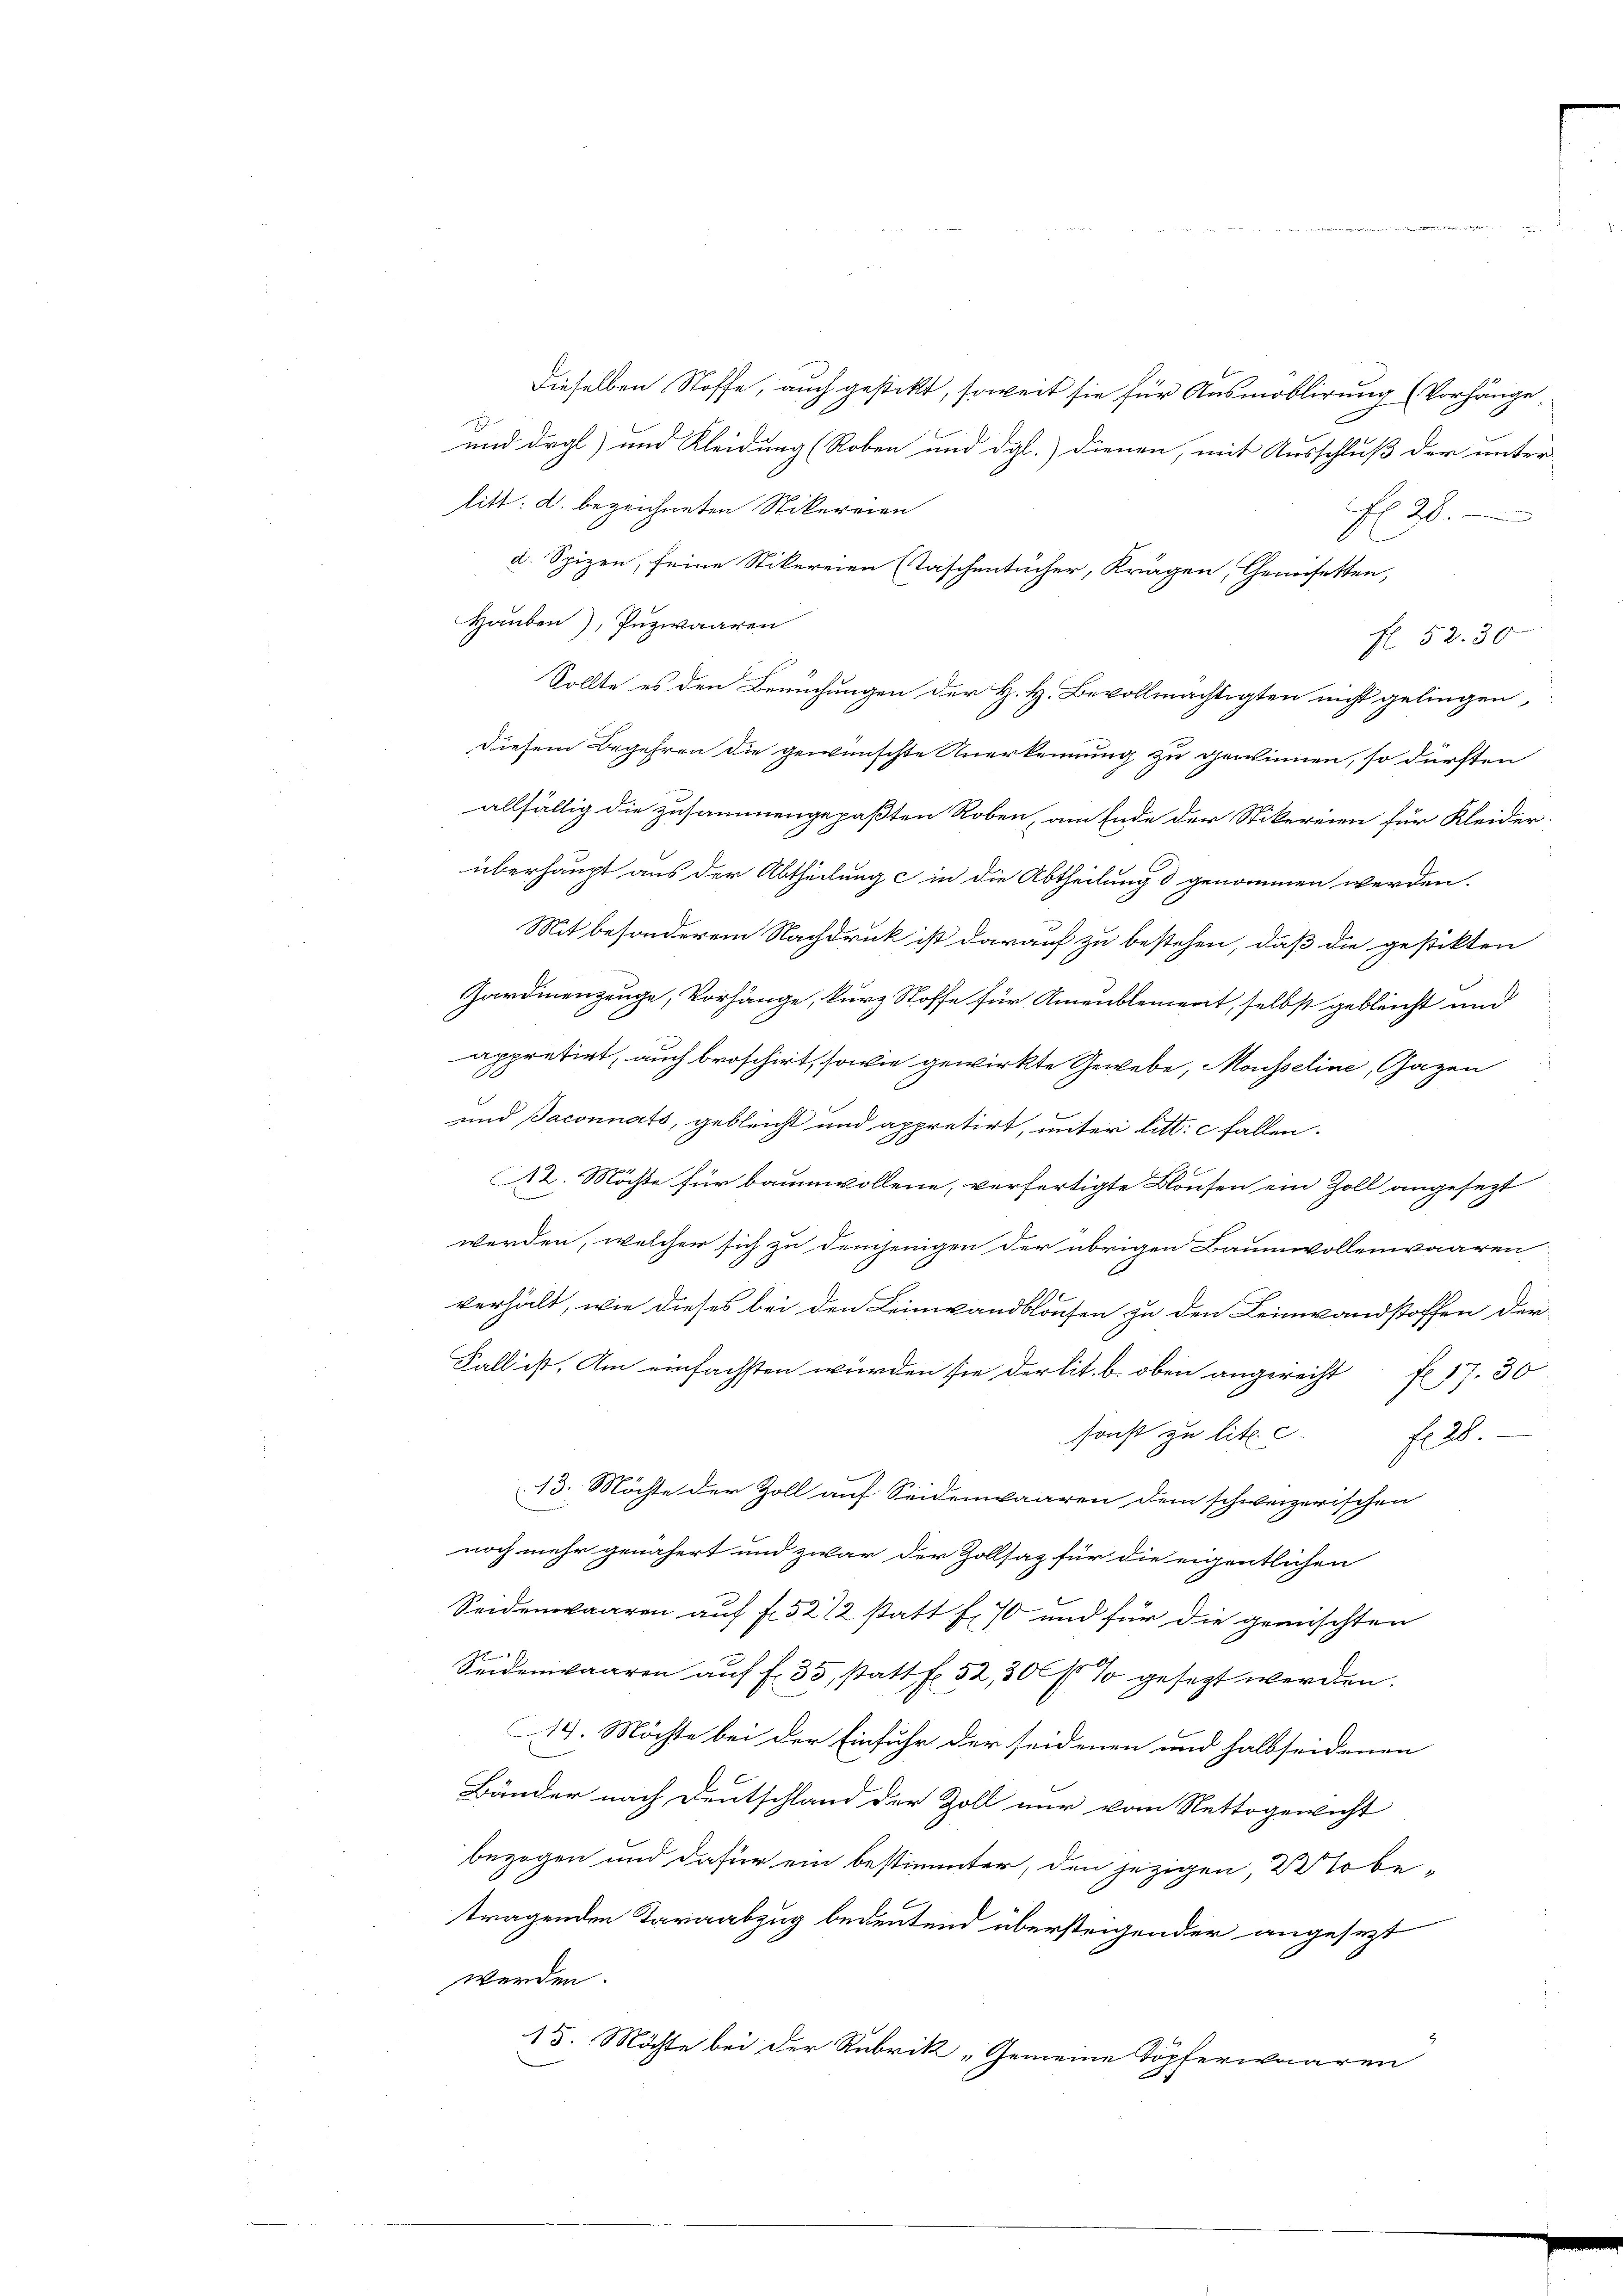
Dieselben Stoffe, auch gestekt, soweit sie für Ausmöblirung (Vorhänge.
und drgl) und Kleidung (Roben und dgl.) dienen, mit Ausschluß der unter-
litt: a. bezeichneten Stikereien
f 28
d. Spizen, seine Stikereien (Taschentücher, Krägen, Genosetten,
Hauben), Puzwaaren
f 52. 30
diesem Begehren die gewünschte Anerkennung zu gewinnen, so dürften
allfällig die zusammengepaßten Roben, am Ende der Stikereien für Kleider
überhaupt aus der Abtheilung in die Abtheilung & genommen werden.
s
Mit besonderem Nachdruk ist darauf zu bestehen, daß die gestikten
Zardienzeuge, Vorhänge, kurz Stoffe für Ameublement, selbst gebleicht und
appretirt, auch broschirt, sowie gewirkte Gewebe, Mousseline, Gazen
und Baconnats, gebleicht und appretirt, unter litt. c fallen.
A2. Möchte für baumwollene, verfertigte Blausen ein Zoll angesezt
werden, welcher sich zu demjenigen der übrigen Baumwollenwaaren
verhält, wie dieses bei den Leinwandblaufen zu den Leinwandstoffen der
Fall ist. Am einfachsten würden sie der lit. b. oben angerecht f. 17. 30
sonst zu litt. c. fr. 28.
13. Möchte der Zoll auf Seidenwaaren dem schweizerischen
noch mehr genähert und zwar der Zollsaz für die eigentlichen
Seidenwaaren auf fl. 3272 statt f. 70 und für die gemischten
1
Seidenwaaren auf fl. 33, statt f. 52,300 f % gesezt werden.
14. Möchte bei der Einfuhr der seidenen und halbseidenen
Bänder nach Deutschland der Zoll nur vom Nettogewicht
bezogen und dafür ein bestimmter, den jezigen, so be-
tragenden Taraabzug bedeutend übersteigender angesezt
werden.
15. Möchte bei der Rubrik „Gemeine Töpferwaaren

Sollte es den Besuchungen der H. H. Bevollmächtigten nicht gelingen,